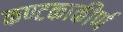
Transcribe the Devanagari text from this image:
कण्टकाकीर्ण